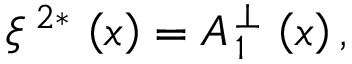
\xi ^ { \, 2 \ast } \, \left( x \right) = A _ { \, 1 } ^ { \, \perp } \, \left( x \right) ,